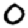
Digit: 0